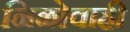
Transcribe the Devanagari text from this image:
निळोवाही